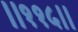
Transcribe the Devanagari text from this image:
।।११५।।